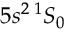
5 s ^ { 2 } \, ^ { 1 } S _ { 0 }